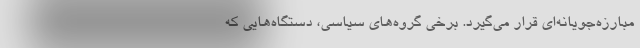
مبارزه‌جويانه‌اي قرار مي‌گيرد. برخي گروه‌هاي سياسي، دستگاه‌هايي كه